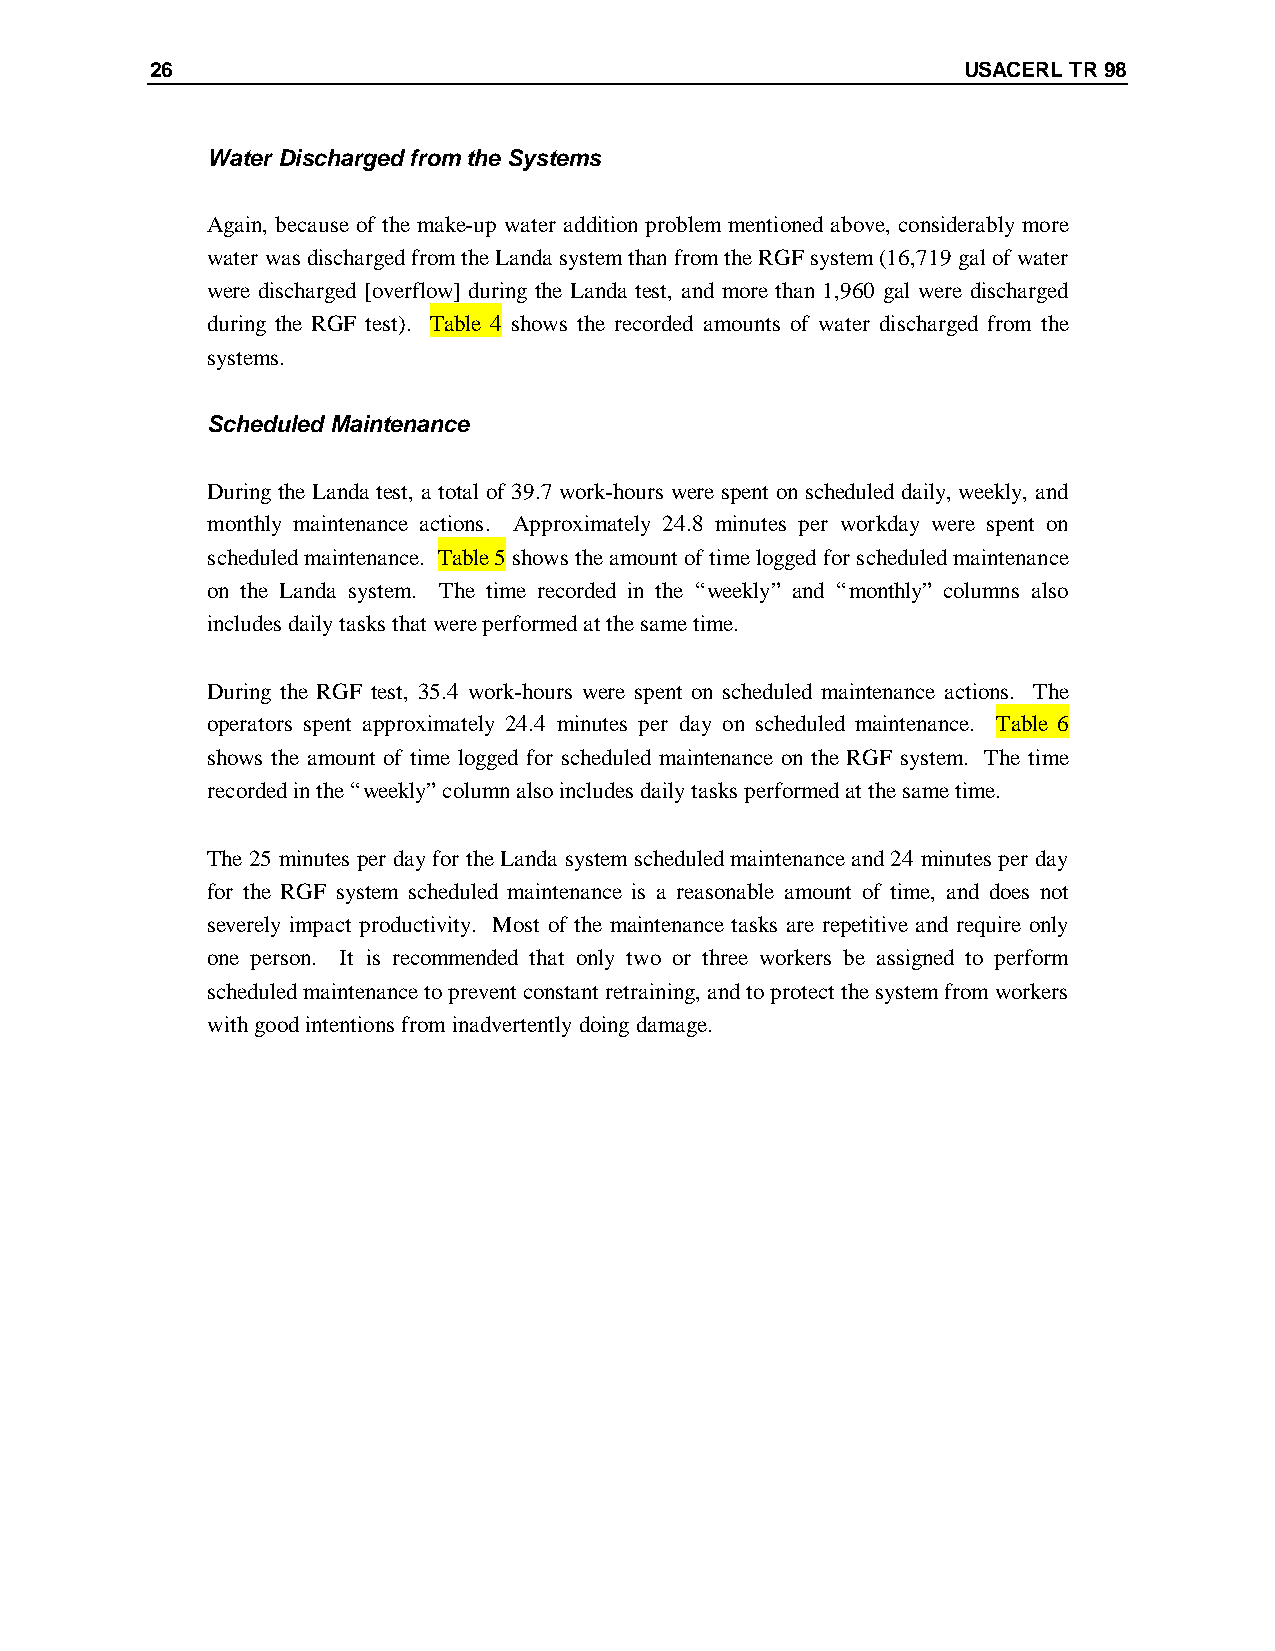
26                                                    USACERL TR 98
 Water Discharged from the Systems
 Again, because of the make-up water addition problem mentioned above, considerably more
 water was discharged from the Landa system than from the RGF system (16,719 gal of water
 were discharged [overflow] during the Landa test, and more than 1,960 gal were discharged
 during the RGF test). Table 4 shows the recorded amounts of water discharged from the
 systems.
 Scheduled Maintenance
 During the Landa test, a total of 39.7 work-hours were spent on scheduled daily, weekly, and
 monthly maintenance actions. Approximately 24.8 minutes per workday were spent on
 scheduled maintenance. T able 5 shows the amount of time logged for scheduled maintenance
 on the Landa system. The time recorded in the “weekly” and “monthly” columns also
 includes daily tasks that were performed at the same time.
 During the RGF test, 35.4 work-hours were spent on scheduled maintenance actions. The
 operators spent approximately 24.4 minutes per day on scheduled maintenance. T able 6
 shows the amount of time logged for scheduled maintenance on the RGF system. The time
 recorded in the “weekly” column also includes daily tasks performed at the same time.
 The 25 minutes per day for the Landa system scheduled maintenance and 24 minutes per day
 for the RGF system scheduled maintenance is a reasonable amount of time, and does not
 severely impact productivity. Most of the maintenance tasks are repetitive and require only
 one person. It is recommended that only two or three workers be assigned to perform
 scheduled maintenance to prevent constant retraining, and to protect the system from workers
 with good intentions from inadvertently doing damage.